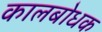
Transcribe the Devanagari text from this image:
कालबोधक